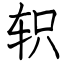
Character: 轵